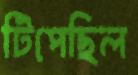
টিপেছিল